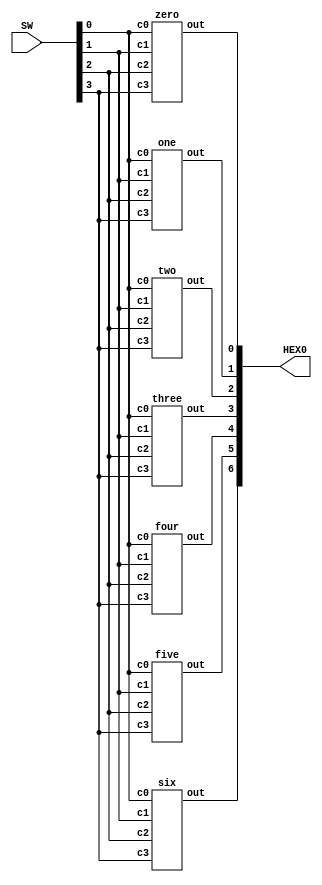
module mux(HEX0, SW);
        input [9:0] SW;
        output [6:0] HEX0;

        zero u0(
                .c0(SW[0]),
                .c1(SW[1]),
                .c2(SW[2]),
					 .c3(SW[3]),
                .out(HEX0[0])
                );
			one u1(
                .c0(SW[0]),
                .c1(SW[1]),
                .c2(SW[2]),
					 .c3(SW[3]),
                .out(HEX0[1])
                );
			two u2(
                .c0(SW[0]),
                .c1(SW[1]),
                .c2(SW[2]),
					 .c3(SW[3]),
                .out(HEX0[2])
                );

			three u3(
                .c0(SW[0]),
                .c1(SW[1]),
                .c2(SW[2]),
					 .c3(SW[3]),
                .out(HEX0[3])
                );

			four u4(
                .c0(SW[0]),
                .c1(SW[1]),
                .c2(SW[2]),
					 .c3(SW[3]),
                .out(HEX0[4])
                );

			five u5(
                .c0(SW[0]),
                .c1(SW[1]),
                .c2(SW[2]),
					 .c3(SW[3]),
                .out(HEX0[5])
                );
				
			six u6(
                .c0(SW[0]),
                .c1(SW[1]),
                .c2(SW[2]),
					 .c3(SW[3]),
                .out(HEX0[6])
                );



endmodule

module zero(c0,c1,c2,c3,out);
        input c0;
        input c1;
        input c2;
		  input c3;
        output out;

        assign out = c0 & ~c1 & c2 & c3 | ~c0 & ~c1 & c2 & ~c3 | c0 & ~c1 & ~c2 & ~c3| c0 & c1 & ~c2 & c3; 
endmodule

module one(c0,c1,c2,c3,out);
        input c0;
        input c1;
        input c2;
		  input c3;
        output out;

        assign out = ~c0 & c2 & c3 | c0 & c1 & c2 & c3 | c0 & ~c1 & c2 & ~c3| ~c0 & c1 & c2 | c0 & c1 & ~c2 & c3; 
endmodule

module two(c0,c1,c2,c3,out);
        input c0;
        input c1;
        input c2;
		  input c3;
        output out;

        assign out = ~c0 & c2 & c3 | c0 & c1 & c2 & c3 | ~c0 & c1 & ~c2 & ~c3; 
endmodule

module three(c0,c1,c2,c3,out);
        input c0;
        input c1;
        input c2;
		  input c3;
        output out;

        assign out = c0 & ~c1 & ~c2 | c0 & c1 & c2 | ~c0 & ~c1 & c2 & ~c3| ~c0 & c1 & ~c2 & c3; 
endmodule

module four(c0,c1,c2,c3,out);
        input c0;
        input c1;
        input c2;
		  input c3;
        output out;

        assign out = c0 & ~c3 | c0 & ~c1 & ~c2 | ~c1 & c2 & ~c3; 
endmodule

module five(c0,c1,c2,c3,out);
        input c0;
        input c1;
        input c2;
		  input c3;
        output out;

        assign out = c0 & c1 & ~c3 | c0 & ~c2 & ~c3 | c0 & ~c1 & c2 & c3| ~c0 & c1 & ~c2 & ~c3; 
endmodule

module six(c0,c1,c2,c3,out);
        input c0;
        input c1;
        input c2;
		  input c3;
        output out;

        assign out = ~c1 & ~c2 & ~c3 | c0 & c1 & c2 & ~c3 | ~c0 & ~c1 & c2 & c3; 
endmodule